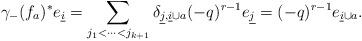
LaTeX: \begin{align*}\gamma_{-}(f_{a})^{*} e_{\underline{i}} =\sum_{j_{1} < \cdots < j_{k + 1}}\delta_{\underline{j}, \underline{i} \cup a}(-q)^{r - 1} e_{\underline{j}} = (-q)^{r - 1}e_{\underline{i} \cup a}.\end{align*}